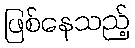
ဖြစ်နေသည့်